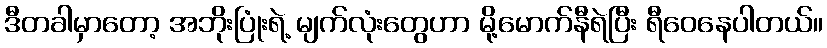
ဒီတခါမှာတော့ အဘိုးပြုံးရဲ့ မျက်လုံးတွေဟာ မို့မောက်နီရဲပြီး ရီဝေနေပါတယ်။